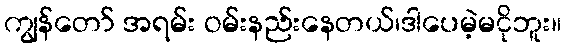
ကျွန်တော် အရမ်း ဝမ်းနည်းနေတယ်၊ဒါပေမဲ့မငိုဘူး။